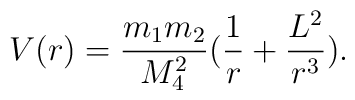
V(r) = \frac{m_1 m_2}{M_{4}^2} (\frac{1}{r} + \frac{L^2}{r^3}) .